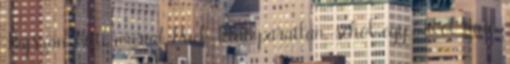
Hajszán Kitti marad Puck-ként páratlan, sehol egy frivol faun